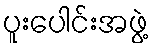
ပူးပေါင်းအဖွဲ့